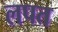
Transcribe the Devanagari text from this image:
लपत